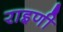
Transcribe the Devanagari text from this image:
राइणी